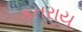
કતરાય